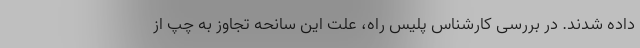
داده شدند. در بررسی کارشناس پلیس راه، علت این سانحه تجاوز به چپ از